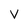
Character: V